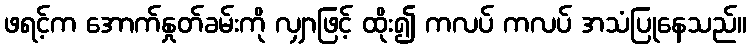
ဖရင့်က အောက်နှုတ်ခမ်းကို လျှာဖြင့် ထိုး၍ ကလပ် ကလပ် အသံပြုနေသည်။